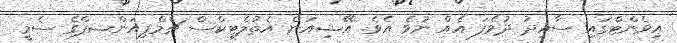
އިވެންޓްގައި ސާއިދު ދުވެފަ އެއް ނުވެ އެވެ. އޭޝިއަން އެތުލެޓިކްސް ޗެމްޕިއަންޝޕްގެ ސެމީ